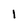
Character: 1